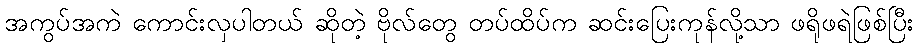
အကွပ်အကဲ ကောင်းလှပါတယ် ဆိုတဲ့ ဗိုလ်တွေ တပ်ထိပ်က ဆင်းပြေးကုန်လို့သာ ဖရိုဖရဲဖြစ်ပြီး